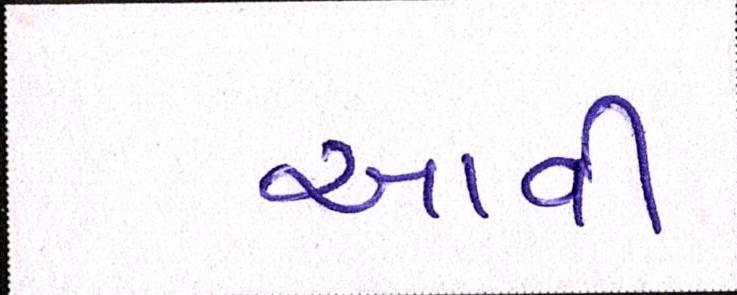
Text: આવી